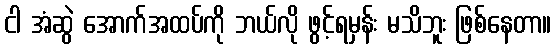
ငါ အံဆွဲ အောက်အထပ်ကို ဘယ်လို ဖွင့်ရမှန်း မသိဘူး ဖြစ်နေတာ။